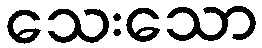
သေးသော